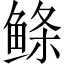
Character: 鲦